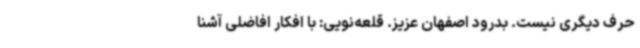
حرف دیگری نیست. بدرود اصفهان عزیز. قلعه‌نویی: با افکار افاضلی آشنا